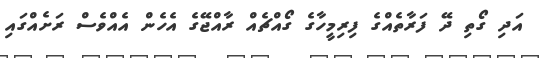
އަދި ގޯތި ދޭ ފަރާތެއްގެ ފިރިމީހާގެ ގޯއްޗެއް ރާއްޖޭގެ އެހެން އެއްވެސް ރަށެއްގައި